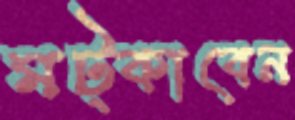
মট্‌কাবেন